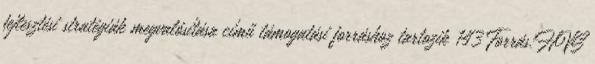
fejlesztési stratégiák megvalósítása című támogatási forráshoz tartozik 143 Forrás:HVS